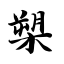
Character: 槊